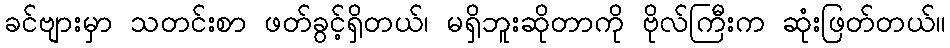
ခင်ဗျားမှာ သတင်းစာ ဖတ်ခွင့်ရှိတယ်၊ မရှိဘူးဆိုတာကို ဗိုလ်ကြီးက ဆုံးဖြတ်တယ်။